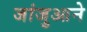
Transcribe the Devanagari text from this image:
जांजुआने